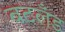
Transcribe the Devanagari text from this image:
बटलँड